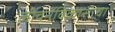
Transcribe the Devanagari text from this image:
जीवनविकासाचा